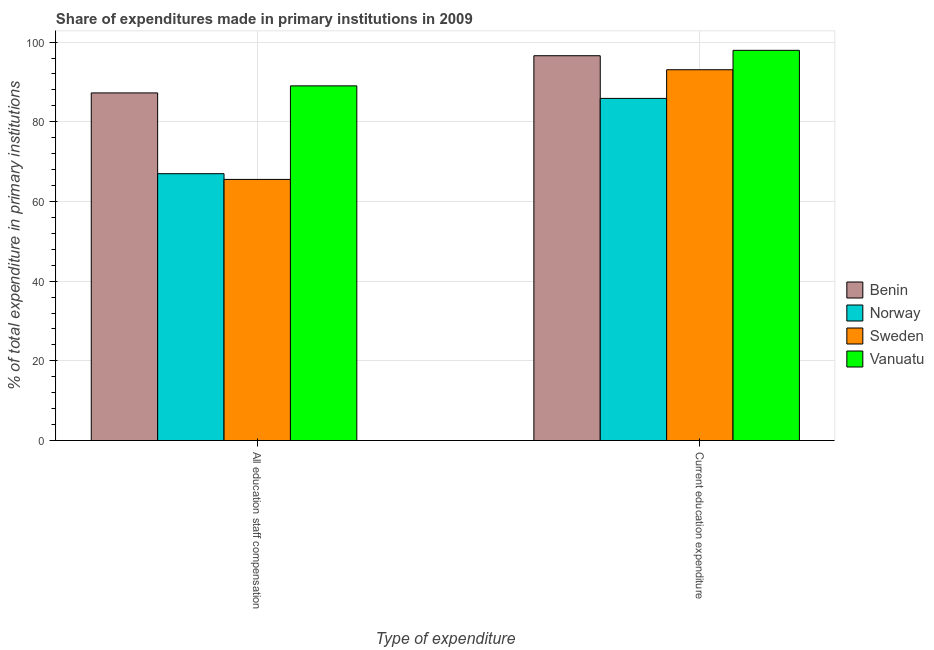
| Type of expenditure | Benin | Norway | Sweden | Vanuatu |
 | --- | --- | --- | --- | --- |
 | All education staff compensation | 87.2 | 67 | 65.5 | 89 |
 | Current education expenditure | 96.6 | 85.9 | 93.1 | 97.9 |